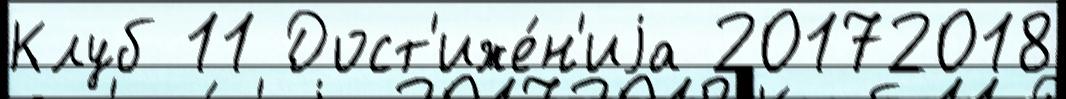
Клуб 11 Дост'иже́н'иjа 20172018